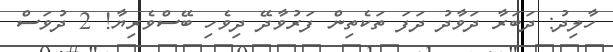
ހާލިދު: ދަބަރާ ދަވާދު ދަފަ ތަކެތިން ފަރުވާދޭ ދިވެހި ބޭސްވެރިޔާ! 2 ދުވަސް